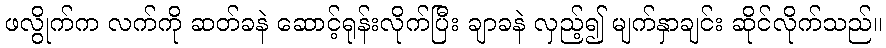
ဖလွိုက်က လက်ကို ဆတ်ခနဲ ဆောင့်ရုန်းလိုက်ပြီး ချာခနဲ လှည့်၍ မျက်နှာချင်း ဆိုင်လိုက်သည်။